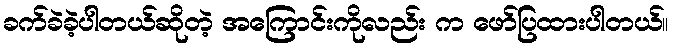
ခက်ခဲခဲ့ပါတယ်ဆိုတဲ့ အကြောင်းကိုလည်း က ဖော်ပြထားပါတယ်။